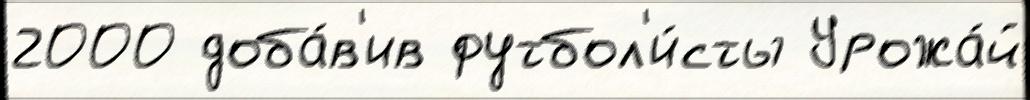
2000 доба́в'ив футбол'и́сты Урожа́й